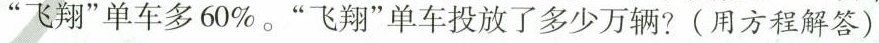
”飞翔”单车多60%。”飞翔”单车投放了多少万辆?(用方程解答)